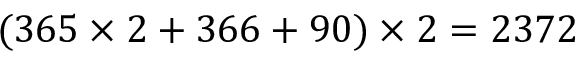
( 3 6 5 \times 2 + 3 6 6 + 9 0 ) \times 2 = 2 3 7 2